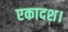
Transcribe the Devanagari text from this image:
एकादश।